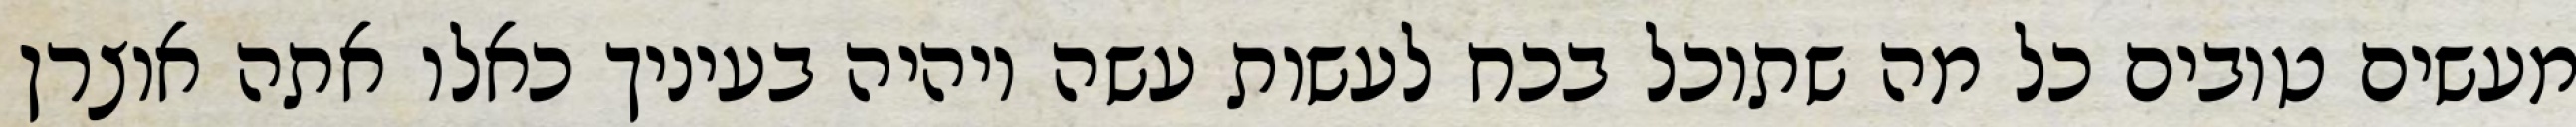
מעשים טובים כל מה שתוכל בכח לעשות עשה ויהיה בעיניך כאלו אתה אוצרן